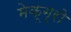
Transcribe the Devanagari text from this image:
मेक्ग्रो